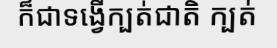
ក៏ជាទង្វើក្បត់ជាតិ ក្បត់